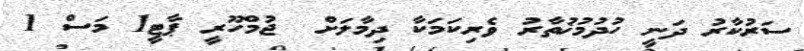
ސަރުކާރު ދަނީ ހުދުމުޚުތާރު ވެރިކަމަކާ ދިމާލަށް  ޖުމްހޫރީ ޕާޓީ1 މަސް 1